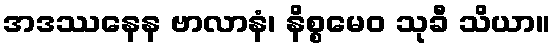
အဒဿနေန ဗာလာနံ၊ နိစ္စမေဝ သုခီ သိယာ။